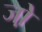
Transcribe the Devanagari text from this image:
जो़